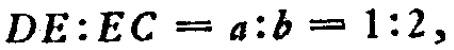
$DE:EC = a:b = 1:2,$